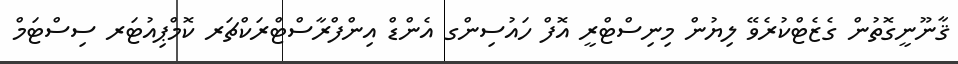
ޤާނޫނީގޮތުން ގެޒެޓްކުރެވޭ ލިޔުން މިނިސްޓްރީ އޮފް ހައުސިންގ އެންޑް އިންފްރާސްޓްރަކްޗަރ ކޮމްޕިއުޓަރ ސިސްޓަމް